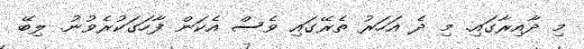
މި ދާއިރާގައި. މި ދެ އަހަރު ތެރޭގައި ވެސް އެކަން ފާހަގަކުރެވުނު. ލިބޭ